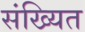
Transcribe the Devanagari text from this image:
संख्यित